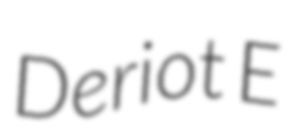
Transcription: Deriot E